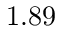
1 . 8 9